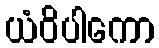
ယံဝိပါကော